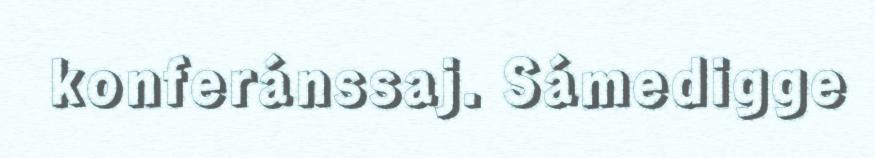
konferánssaj. Sámedigge